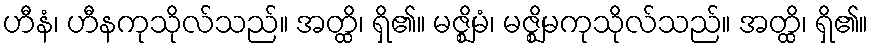
ဟီနံ၊ ဟီနကုသိုလ်သည်။ အတ္ထိ၊ ရှိ၏။ မဇ္ဈိမံ၊ မဇ္ဈိမကုသိုလ်သည်။ အတ္ထိ၊ ရှိ၏။